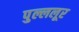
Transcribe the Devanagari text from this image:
पुल्ललूर